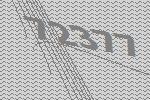
72377